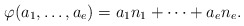
\begin{align*}\varphi(a_1,\ldots, a_e) = a_1 n_1 + \cdots + a_e n_e.\end{align*}